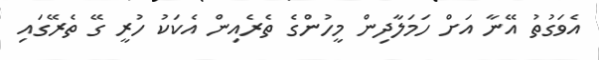
އެވަގުތު އޭނާ އަށް ހަމަލާދިން މީހުންގެ ތެރެއިން އެކަކު ހުރީ ގޭ ތެރޭގައި